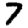
Digit: 7